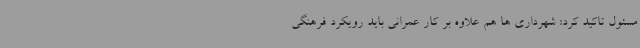
مسئول تاکید کرد: شهرداری ها هم علاوه بر کار عمرانی باید رویکرد فرهنگی